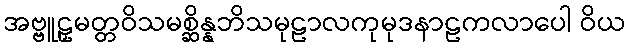
အဗ္ဗူဠှမတ္တဝိသမစ္ဆိန္နဘိသမုဠာလကုမုဒနာဠကလာပေါ ဝိယ